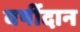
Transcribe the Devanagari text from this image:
वर्षीदान